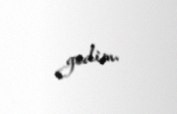
gedim.